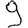
Digit: 9